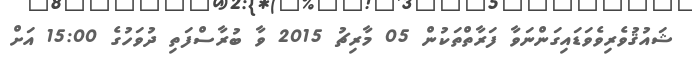
ޝައުޤުވެރިވެވަޑައިގަންނަވާ ފަރާތްތަކުން 05 މާރިޗު 2015 ވާ ބުރާސްފަތި ދުވަހުގެ 15:00 އަށް